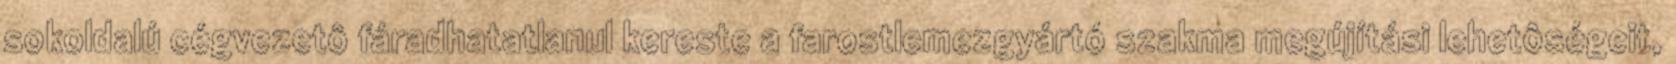
sokoldalú cégvezetô fáradhatatlanul kereste a farostlemezgyártó szakma megújítási lehetôségeit,